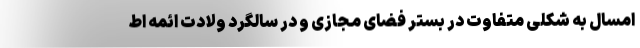
امسال به شکلی متفاوت در بستر فضای مجازی و در سالگرد ولادت ائمه اط